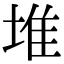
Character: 堆